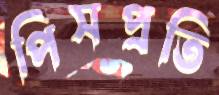
পিসপ্রতি